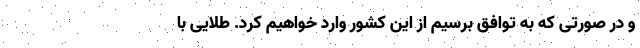
و در صورتی که به توافق برسیم از این کشور وارد خواهیم کرد. طلایی با